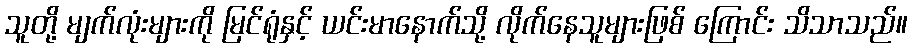
သူတို့ မျက်လုံးများကို မြင်ရုံနှင့် ယင်းမာနောက်သို့ လိုက်နေသူများဖြစ် ကြောင်း သိသာသည်။